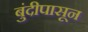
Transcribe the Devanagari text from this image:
बुंदीपासून